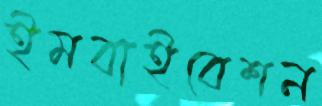
ইমবাইবেশন